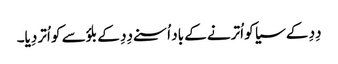
دِدِ کے سیا کو اُترنے کے باد اُسنے دِدِ کے بلؤسے کو اُتر دِیا۔